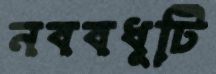
নববধূটি